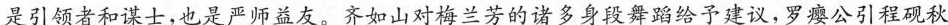
是引领者和谋士，也是严师益友。齐如山对梅兰芳的诸多身段舞蹈给予建议，罗瘿公引程砚秋